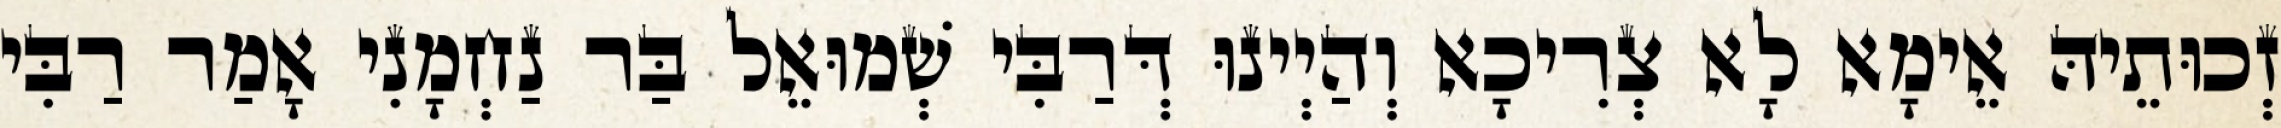
זְכוּתֵיהּ אֵימָא לָא צְרִיכָא וְהַיְינוּ דְּרַבִּי שְׁמוּאֵל בַּר נַחְמָנִי אָמַר רַבִּי